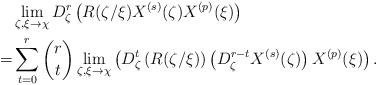
LaTeX: \begin{align*}&\lim_{\zeta,\xi\to\chi}D_{\zeta}^{r}\left(R(\zeta/\xi)X^{(s)}(\zeta)X^{(p)}(\xi)\right)\\=&\sum_{t=0}^{r}\binom{r}{t}\lim_{\zeta,\xi\to\chi}\left(D_{\zeta}^{t}\left(R(\zeta/\xi)\right)\left(D_{\zeta}^{r-t}X^{(s)}(\zeta)\right)X^{(p)}(\xi)\right).\end{align*}